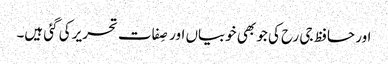
اور حافظ جی رح کی جو بھی خوبیاں اور صِفات تحریر کی گئی ہیں۔